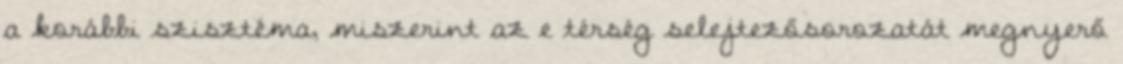
a korábbi szisztéma, miszerint az e térség selejtezősorozatát megnyerő